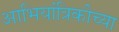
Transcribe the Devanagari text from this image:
आभियांत्रिकीच्या